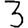
Digit: 3